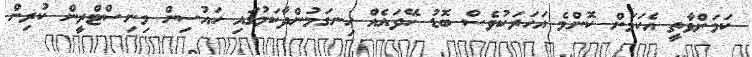
ކަމަށްވާތީ އެކަމަށް ކޮންމެ އަހަރަކުވެސް ބޮޑު ހޭދައެއް ހިނގަމުންދާކަމުގައި ހައުސިން މިނިސްޓްރީން ކުރިން